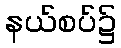
နယ်စပ်၌